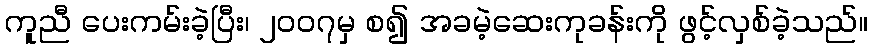
ကူညီ ပေးကမ်းခဲ့ပြီး၊ ၂၀၀၇မှ စ၍ အခမဲ့ဆေးကုခန်းကို ဖွင့်လှစ်ခဲ့သည်။